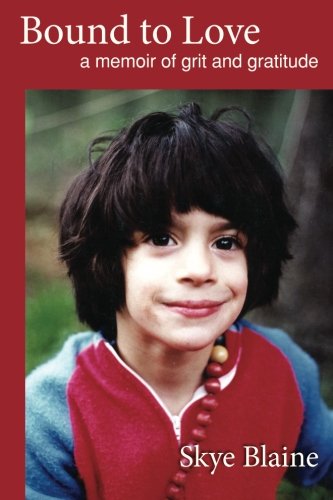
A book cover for Bound to Love: a memoir of grit and gratitude; Skye Blaine; Biographies & Memoirs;